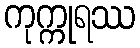
ကုက္ကုရဿ